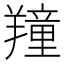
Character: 𦏆